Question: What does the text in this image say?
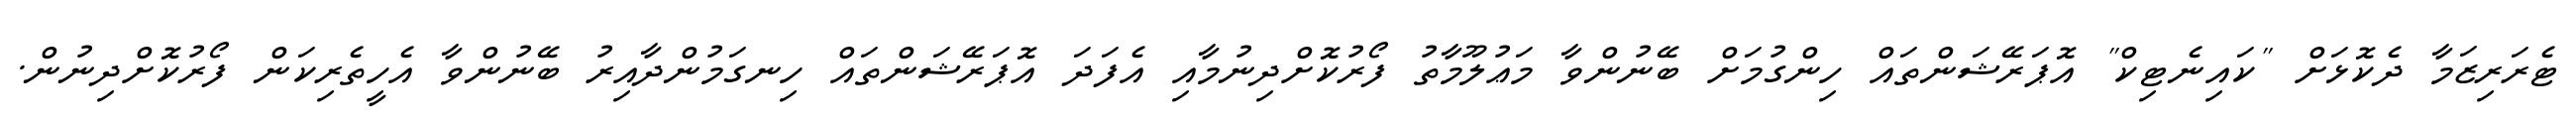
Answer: ޓެރަރިޒަމާ ދެކޮޅަށް "ކައިނެޓިކް" އޮޕަރޭޝަންތައް ހިންގުމަށް ބޭނުންވާ މަޢުލޫމާތު ފޯރުކޮށްދިނުމާއި އެފަދަ އޮޕަރޭޝަންތައް ހިނގަމުންދާއިރު ބޭނުންވާ އެހީތެރިކަން ފޯރުކޮށްދިނުން.